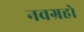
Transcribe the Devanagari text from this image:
नवग्रहो